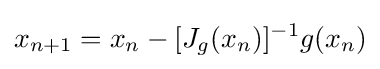
x_{n+1}=x_{n}-[J_{g}(x_{n})]^{-1}g(x_{n})